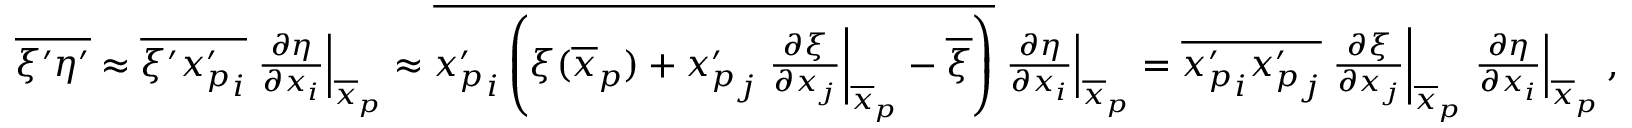
\begin{array} { r } { \overline { { \xi ^ { \prime } \eta ^ { \prime } } } \approx \overline { { \xi ^ { \prime } { x _ { p } ^ { \prime } } _ { i } } } \left. \frac { \partial \eta } { \partial x _ { i } } \right| _ { \overline { { \boldsymbol x } } _ { p } } \approx \overline { { { x _ { p } ^ { \prime } } _ { i } \left( \xi ( \overline { { \boldsymbol { x } } } _ { p } ) + { x _ { p } ^ { \prime } } _ { j } \left. \frac { \partial \xi } { \partial x _ { j } } \right| _ { \overline { { \boldsymbol x } } _ { p } } - \overline { { \xi } } \right) } } \left. \frac { \partial \eta } { \partial x _ { i } } \right| _ { \overline { { \boldsymbol x } } _ { p } } = \overline { { { x _ { p } ^ { \prime } } _ { i } { x _ { p } ^ { \prime } } _ { j } } } \left. \frac { \partial \xi } { \partial x _ { j } } \right| _ { \overline { { \boldsymbol x } } _ { p } } \left. \frac { \partial \eta } { \partial x _ { i } } \right| _ { \overline { { \boldsymbol x } } _ { p } } , } \end{array}